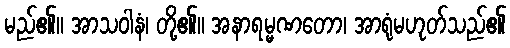
မည်၏။ အာသဝါနံ၊ တို့၏။ အနာရမ္မဏတော၊ အာရုံမဟုတ်သည်၏